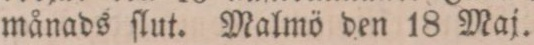
månads ſlut. Malmö den 18 Maj.